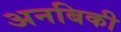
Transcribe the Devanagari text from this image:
अनबिकी